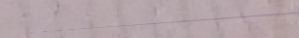
تجديد وتصميم غرف النوم بأ